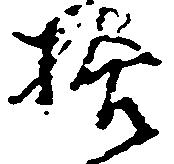
拾